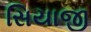
સિયાજી